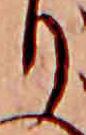
り